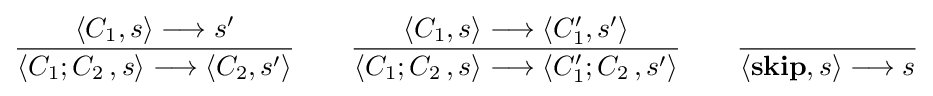
{\frac {\langle C_{1},s\rangle \longrightarrow s'}{\langle C_{1};C_{2}\,,s\rangle \longrightarrow \langle C_{2},s'\rangle }}\quad \quad {\frac {\langle C_{1},s\rangle \longrightarrow \langle C_{1}',s'\rangle }{\langle C_{1};C_{2}\,,s\rangle \longrightarrow \langle C_{1}';C_{2}\,,s'\rangle }}\quad \quad {\frac {}{\langle \mathbf {skip} ,s\rangle \longrightarrow s}}